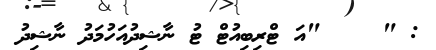
: "    "އަ ޓްރިބިއުޓް ޓު ނާޝިދުއަހުމަދު ނާޝިދު